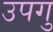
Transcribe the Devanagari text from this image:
उपगु